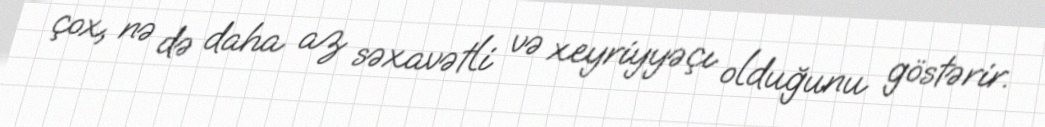
çox, nə də daha az səxavətli və xeyriyyəçı olduğunu göstərir.